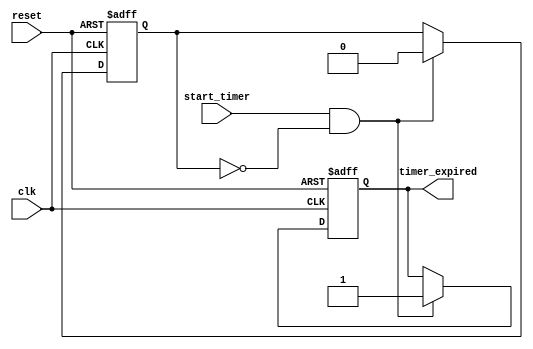
module timer_event #(
    parameter TIMER_DURATION = 1000 // Timer duration in nanoseconds
)(
    input wire clk,                // Clock signal
    input wire reset,              // Reset signal
    input wire start_timer,        // Start timer signal
    output reg timer_expired       // Timer expired output signal
);

    // State variable to track timer status
    reg timer_active;

    // Always block to handle timer logic
    always @(posedge clk or posedge reset) begin
        if (reset) begin
            // Reset the timer state and output
            timer_active <= 1'b0;
            timer_expired <= 1'b0;
        end else if (start_timer && !timer_active) begin
            // Start the timer
            timer_active <= 1'b1;
            timer_expired <= 1'b0;
            // Initiate the timer expiration after the defined duration
            #TIMER_DURATION;
            timer_expired <= 1'b1; // Trigger the timer expired event
            timer_active <= 1'b0;   // Reset the active state
        end
    end

endmodule